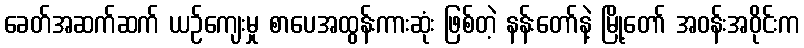
ခေတ်အဆက်ဆက် ယဉ်ကျေးမှု စာပေအထွန်းကားဆုံး ဖြစ်တဲ့ နန်းတော်နဲ့ မြို့တော် အဝန်းအဝိုင်းက